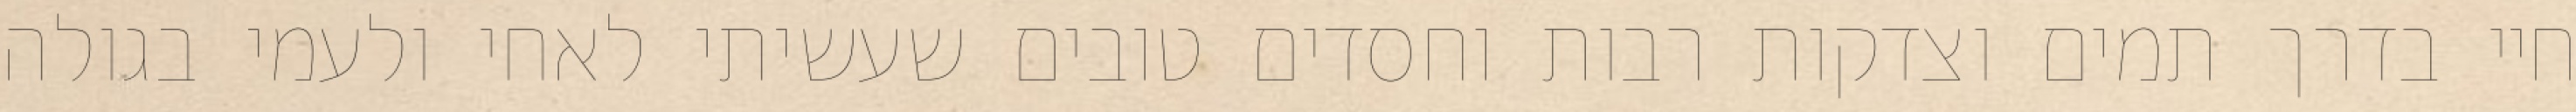
חיי בדרך תמים וצדקות רבות וחסדים טובים שעשיתי לאחי ולעמי בגולה